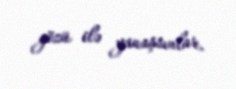
gözü ilə yanaşsınlar.